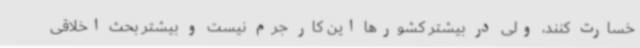
خسارت کنند، ولی در بیشتر کشورها این کار جرم نیست و بیشتر بحث اخلاقی